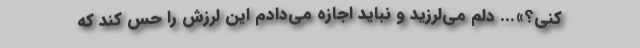
کنی؟»... دلم می‌لرزید و نباید اجازه می‌دادم این لرزش را حس کند که